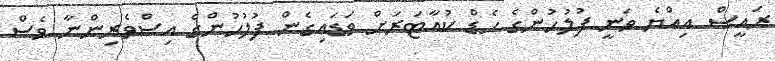
ރައީސް އިއްޔެ ވަނީ ފުލުުހުންގެ ހެޑް ކުއާޓަރަށް ވަޑައިގެން ފުލުހުންގެ އިސްވެރިންނާ ވެސް